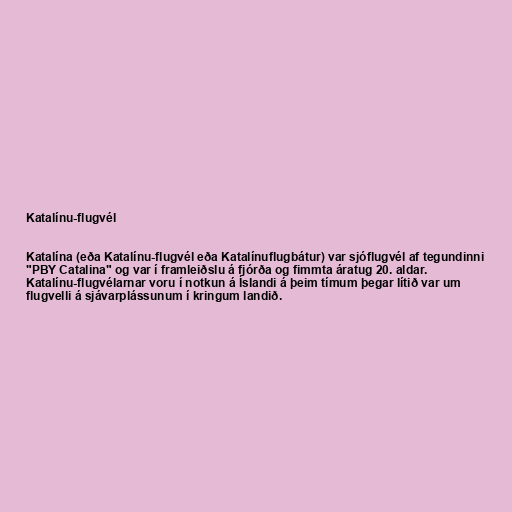
Katalínu-flugvél

Katalína (eða Katalínu-flugvél eða Katalínuflugbátur) var sjóflugvél af tegundinni
"PBY Catalina" og var í framleiðslu á fjórða og fimmta áratug 20. aldar.
Katalínu-flugvélarnar voru í notkun á Íslandi á þeim tímum þegar lítið var um
flugvelli á sjávarplássunum í kringum landið.